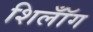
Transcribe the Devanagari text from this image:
शिलॉँग